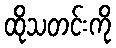
ထိုသတင်းကို